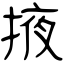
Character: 掖